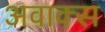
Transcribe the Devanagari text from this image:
अवाक्स